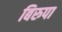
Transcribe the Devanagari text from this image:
बिरुपा